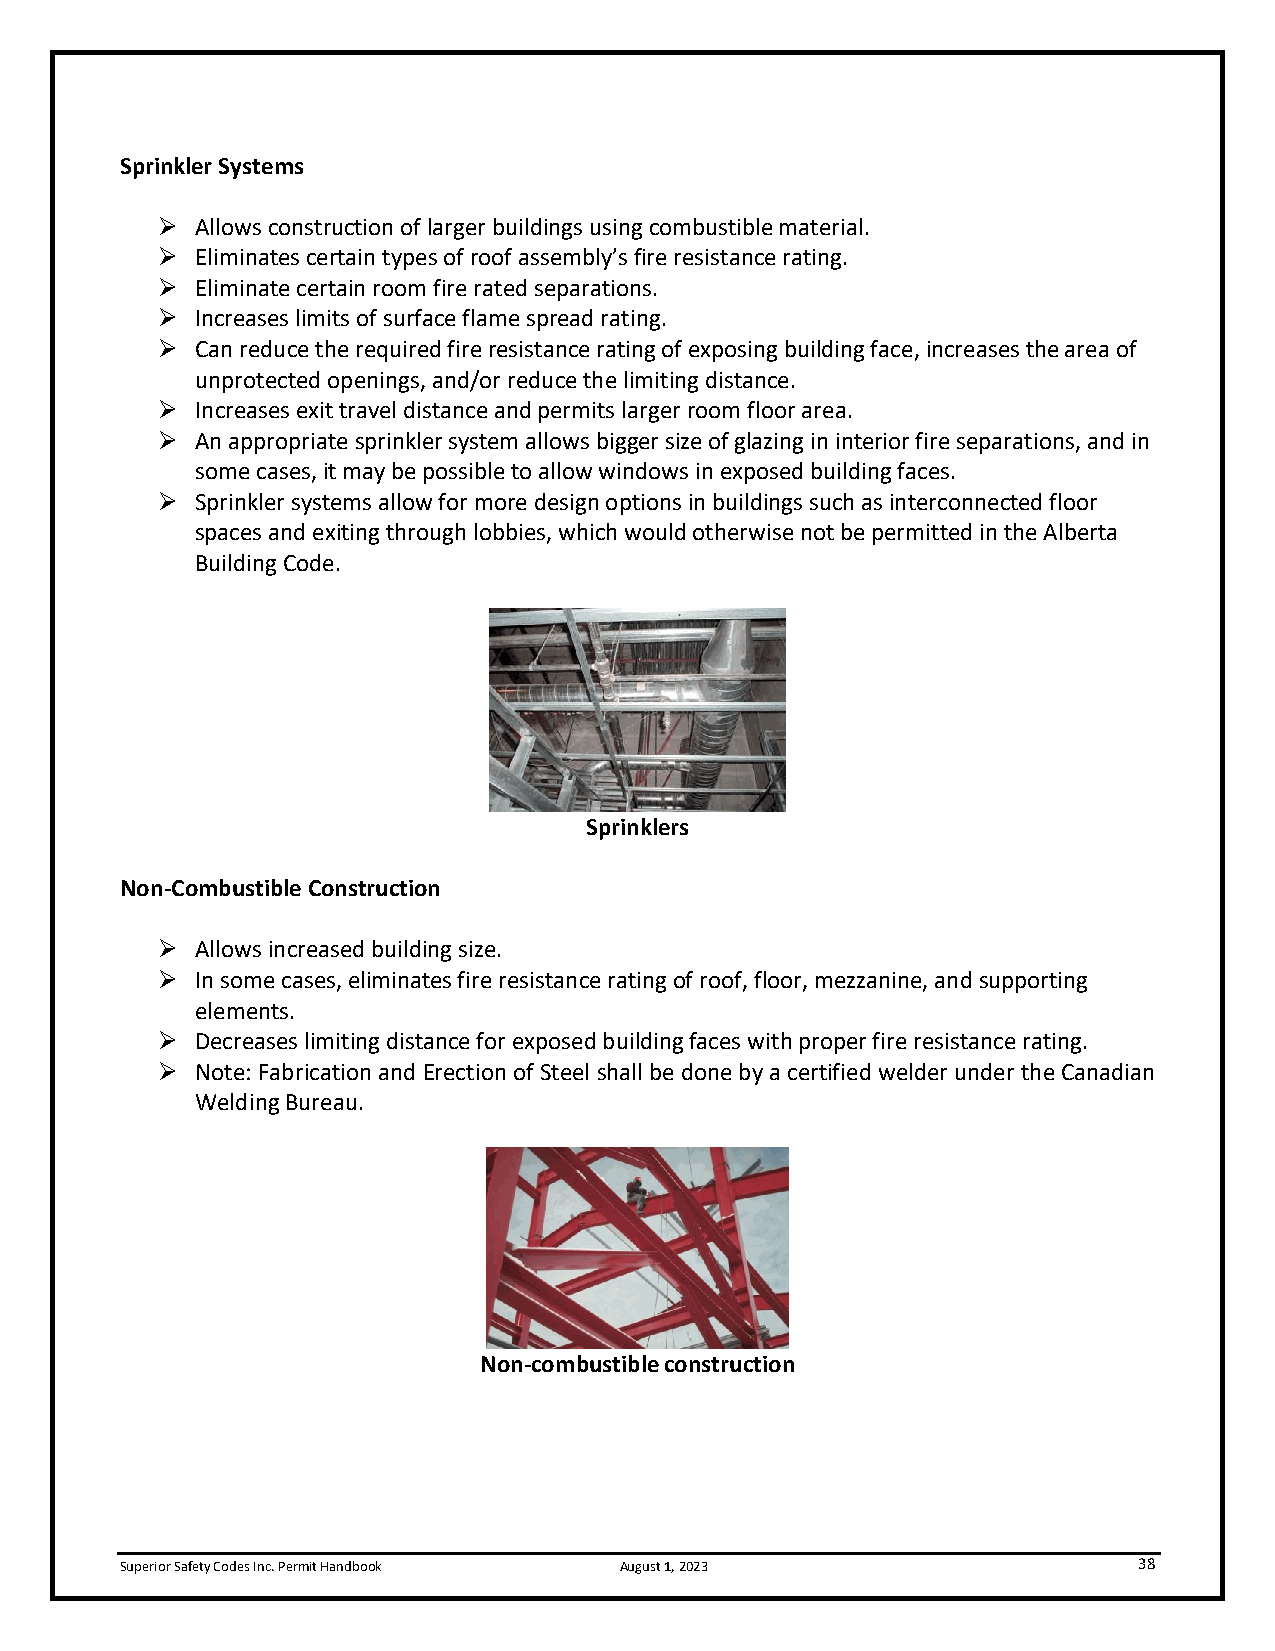
Sprinkler Systems
 ➢  Allows construction of larger buildings using combustible material.
 ➢  Eliminates certain types of roof assembly’s fire resistance rating.
 ➢  Eliminate certain room fire rated separations.
 ➢  Increases limits of surface flame spread rating.
 ➢  Can reduce the required fire resistance rating of exposing building face, increases the area of
 unprotected openings, and/or reduce the limiting distance.
 ➢  Increases exit travel distance and permits larger room floor area.
 ➢  An appropriate sprinkler system allows bigger size of glazing in interior fire separations, and in
 some cases, it may be possible to allow windows in exposed building faces.
 ➢  Sprinkler systems allow for more design options in buildings such as interconnected floor
 spaces and exiting through lobbies, which would otherwise not be permitted in the Alberta
 Building Code.
 Sprinklers
 Non-Combustible Construction
 ➢  Allows increased building size.
 ➢  In some cases, eliminates fire resistance rating of roof, floor, mezzanine, and supporting
 elements.
 ➢  Decreases limiting distance for exposed building faces with proper fire resistance rating.
 ➢  Note: Fabrication and Erection of Steel shall be done by a certified welder under the Canadian
 Welding Bureau.
 Non-combustible construction
 Superior Safety Codes Inc. Permit Handbook August 1, 2023          38